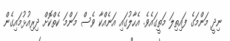
ނިދީ މަންމަގެ ފައިތިލަ މަތީގައެވެ. އެހާލުގައި އަނެއްކާ ވެސް މަންމަ ކެތްކޮށް ދިރިއުޅުމައިގެން